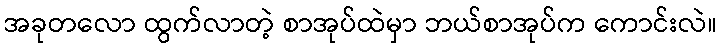
အခုတလော ထွက်လာတဲ့ စာအုပ်ထဲမှာ ဘယ်စာအုပ်က ကောင်းလဲ။